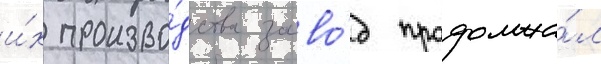
и́х произво́дства заво́д продолжа́л